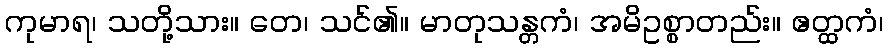
ကုမာရ၊ သတို့သား။ တေ၊ သင်၏။ မာတုသန္တကံ၊ အမိဥစ္စာတည်း။ ဧတ္ထကံ၊